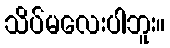
သိပ်မလေးပါဘူး။